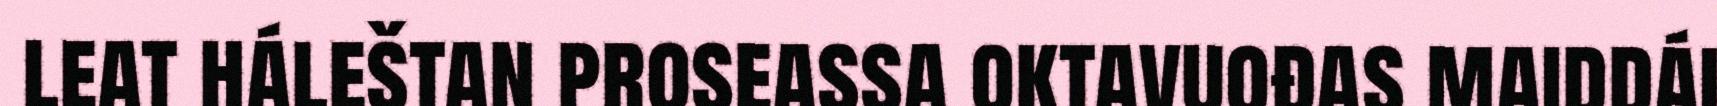
leat háleštan proseassa oktavuođas maiddái